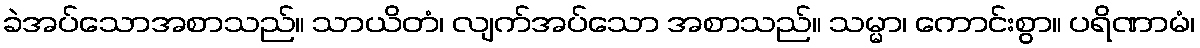
ခဲအပ်သောအစာသည်။ သာယိတံ၊ လျက်အပ်သော အစာသည်။ သမ္မာ၊ ကောင်းစွာ။ ပရိဏာမံ၊